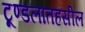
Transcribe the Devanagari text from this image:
टूण्डलातहसील